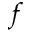
f